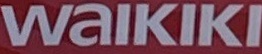
WAIKIKI